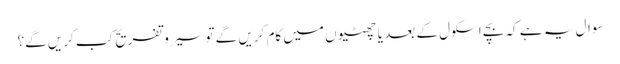
سوال یہ ہے کہ بچے اسکول کے بعد یا چھٹیوں میں کام کریں گے تو سیرو تفریح کب کریں گے؟